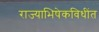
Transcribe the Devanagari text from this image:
राज्याभिषेकविधींत